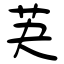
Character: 芵